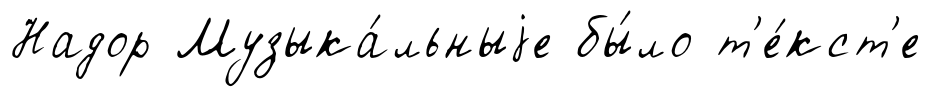
Надор Музыка́льныjе бы́ло т'е́кст'е